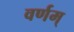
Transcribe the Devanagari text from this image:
वर्णम्